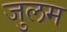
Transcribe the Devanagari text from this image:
जुलम